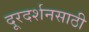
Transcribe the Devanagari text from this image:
दूरदर्शनसाठी